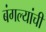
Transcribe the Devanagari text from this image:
बंगल्यांची